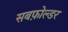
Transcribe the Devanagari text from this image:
सबफ़ोल्डर